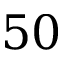
5 0